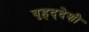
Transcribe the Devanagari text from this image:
बृहद्‌देशी